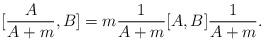
LaTeX: \begin{align*}[\frac{A}{A + m} , B] = m\frac{1}{A +m} [A,B] \frac{1}{A+m} .\end{align*}